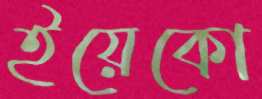
ইয়েকো